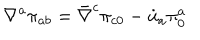
\nabla ^ { a } \pi _ { a b } = \bar { \nabla } ^ { c } \pi _ { c 0 } - \dot { u } _ { a } \pi _ { 0 } ^ { a }